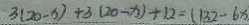
3 ( 2 0 - x ) + 3 ( 2 0 - x ) \div 1 2 = ( 1 3 2 - 6 x )